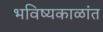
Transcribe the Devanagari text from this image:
भविष्यकाळांत